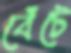
বেঁটে